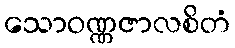
သောဝဏ္ဏဇာလစိတံ